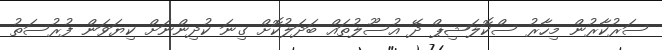
ސަރުކާރުން މިހާރު ސްކޮލަޝިޕް ދޭ އުސޫލުތައް ބަދަލުކޮށް ގިނަ ކުދިންނަށް ކިޔަވަން ފުރުސަތު